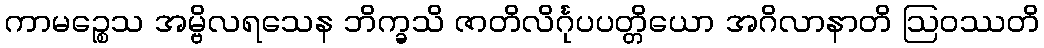
ကာမဉ္စေသ အမ္ဗိလရသေန ဘိက္ခသိ ဇာတိလိင်္ဂုပပတ္တိယော အဂိလာနာတိ ဩဝဿတိ